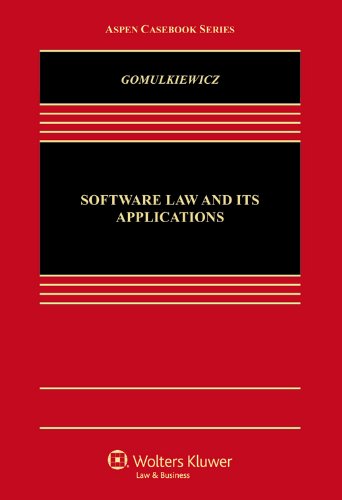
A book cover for Software Law and Its Applications (Aspen Casebook); Robert W. Gomulkiewicz; Law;